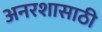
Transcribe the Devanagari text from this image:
अनरशासाठी